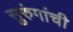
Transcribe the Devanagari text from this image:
सुरुंगांची